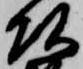
頭